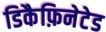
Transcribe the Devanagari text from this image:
डिकैफ़िनेटेड